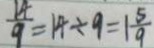
\frac { 1 4 } { 9 } = 1 4 \div 9 = 1 \frac { 5 } { 9 }